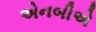
એનબીએ